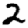
Digit: 2